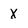
Character: X